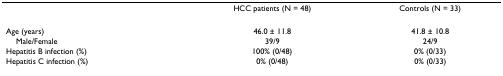
<table><thead><tr><td></td><td><b>HCC patients (N = 48)</b></td><td><b>Controls (N = 33)</b></td></tr></thead><tbody><tr><td>Age (years)</td><td>46.0 ± 11.8</td><td>41.8 ± 10.8</td></tr><tr><td> Male/Female</td><td>39/9</td><td>24/9</td></tr><tr><td>Hepatitis B infection (%)</td><td>100% (0/48)</td><td>0% (0/33)</td></tr><tr><td>Hepatitis C infection (%)</td><td>0% (0/48)</td><td>0% (0/33)</td></tr></tbody></table>